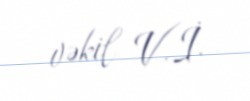
vəkil V.İ.